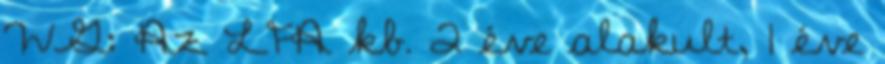
WG: Az LFA kb. 2 éve alakult, 1 éve